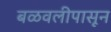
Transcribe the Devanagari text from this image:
बळवलीपासून